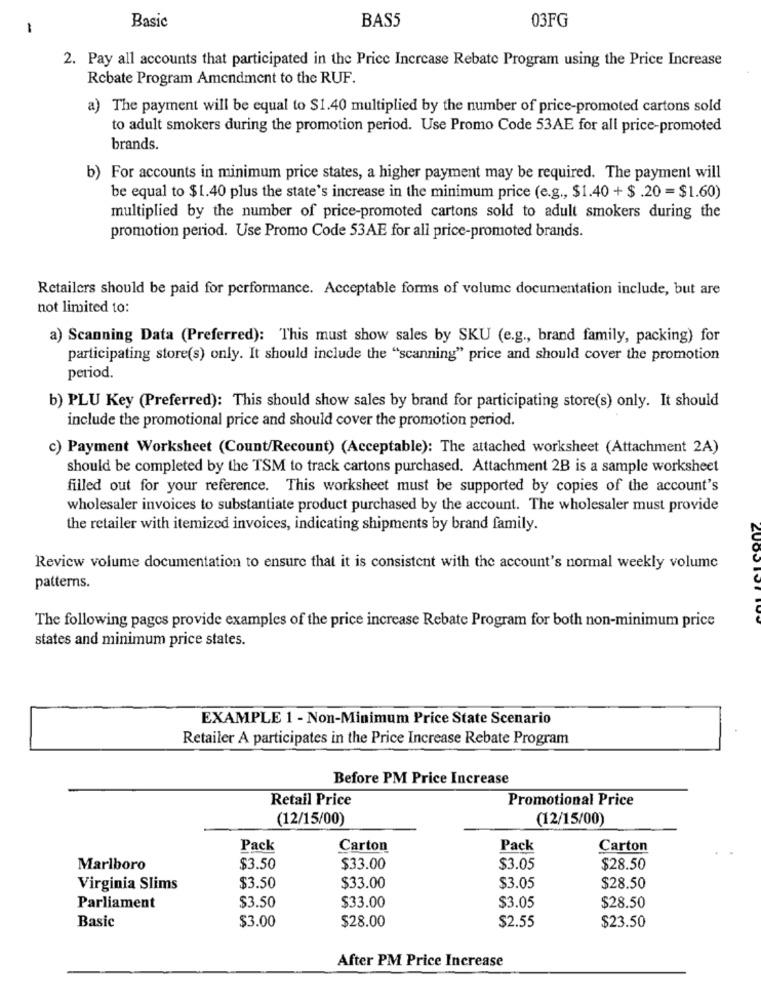
BAS5
03FG
-
Basic
2. Pay all accounts that participated in the Price Increase Rebate Program using the Price Increase
Rebate Program Amendment to the RUF.
a) The payment will be equal to $1.40 multiplied by the number of price-promoted cartons sold
to adult smokers during the promotion period. Use Promo Code 53AE for all price-promoted
brands.
b) For accounts in minimum price states, a higher payment may be required. The payment will
be equal to $1.40 plus the state's increase in the minimum price (e.g ., $1.40 + $ .20 = $1.60)
multiplied by the number of price-promoted cartons sold to adult smokers during the
promotion period. Use Promo Code 53AE for all price-promoted brands.
Retailers should be paid for performance. Acceptable forms of volume documentation include, but are
not limited to:
a) Scanning Data (Preferred): This must show sales by SKU (e.g ., brand family, packing) for
participating store(s) only. It should include the "scanning" price and should cover the promotion
period.
b) PLU Key (Preferred): This should show sales by brand for participating store(s) only. It should
include the promotional price and should cover the promotion period.
c) Payment Worksheet (Count/Recount) (Acceptable): The attached worksheet (Attachment 2A)
should be completed by the TSM to track cartons purchased. Attachment 2B is a sample worksheet
filled out for your reference. This worksheet must be supported by copies of the account's
wholesaler invoices to substantiate product purchased by the account. The wholesaler must provide
the retailer with itemized invoices, indicating shipments by brand family.
Review volume documentation to ensure that it is consistent with the account's normal weekly volume
patterns.
The following pages provide examples of the price increase Rebate Program for both non-minimum price
states and minimum price states.
EXAMPLE 1 - Non-Minimum Price State Scenario
Retailer A participates in the Price Increase Rebate Program
Before PM Price Increase
Retail Price
Promotional Price
(12/15/00)
(12/15/00)
Pack
Carton
Pack
Carton
Marlboro
$3.50
$33.00
$3.05
$28.50
Virginia Slims
$3.50
$33.00
$3.05
$28.50
Parliament
$3.50
$33.00
$3.05
$28.50
Basic
$3.00
$28.00
$2.55
$23.50
After PM Price Increase